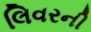
લિવરની